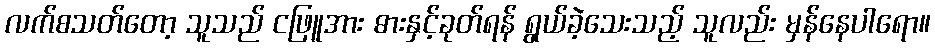
လက်စသတ်တော့ သူသည် ငဖြူအား ဓားနှင့်ခုတ်ရန် ရွယ်ခဲ့သေးသည့် သူလည်း မှန်နေပါရော။